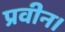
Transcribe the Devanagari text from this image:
प्रवीन।